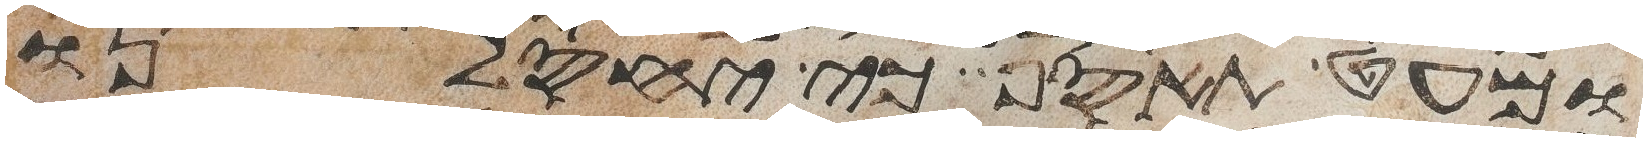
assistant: ומעט תאסף כי יחסלנו